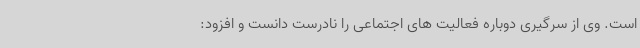
است. وی از سرگیری دوباره فعالیت های اجتماعی را نادرست دانست و افزود: